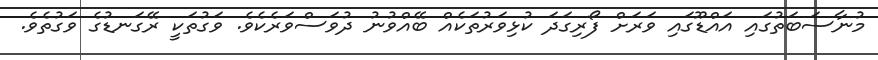
މުނާސަބަތުގައި އައްޑޫގައި ވަރަށް ފޯރިގަދަ ކުޅިވަރުތަކެއް ބޭއްވުނު ދުވަސްވަރެކެވެ. ވަގުތަކީ ރޭގަނޑުގެ ވަގުތެވެ.